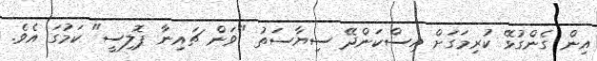
އިން ގެންގުޅޭ ކުރިމަގަށް އިސްކަންދޭ ސިޔާސަތު "ވަން ޗައިނާ ޕޮލިސީ" ކަމުގަ އެވެ.